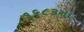
૧૬૮૩ના